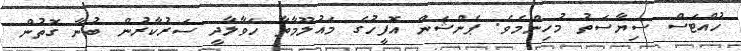
ހުއްޓަސް ސިޔާސަތު މުހިންމެވެ. ޕެންޝަން އޮފީހުގެ މައުލޫމާތާ ހަވާލާދީ ސަރުކާރުން ބުނާ ގޮތުން